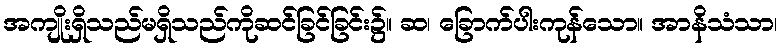
အကျိုးရှိသည်မရှိသည်ကိုဆင်ခြင်ခြင်း၌။ ဆ၊ ခြောက်ပါးကုန်သော။ အာနိသံသာ၊